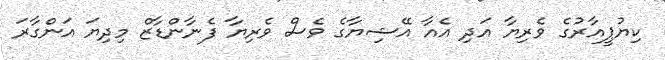
ކިޔުޕީއާރުގެ ވެރިޔާ އަދި އެއާ އޭޝިޔާގެ ވެސް ވެރިޔާ ފެނާންޑާޒް މިދިޔަ އަންގާރަ